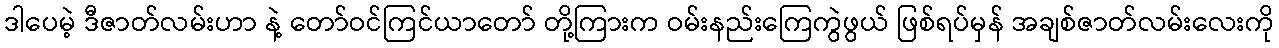
ဒါပေမဲ့ ဒီဇာတ်လမ်းဟာ နဲ့ တော်ဝင်ကြင်ယာတော် တို့ကြားက ဝမ်းနည်းကြေကွဲဖွယ် ဖြစ်ရပ်မှန် အချစ်ဇာတ်လမ်းလေးကို